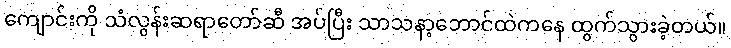
ကျောင်းကို သံလွန်းဆရာတော်ဆီ အပ်ပြီး သာသနာ့ဘောင်ထဲကနေ ထွက်သွားခဲ့တယ်။